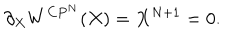
LaTeX: \partial _ { X } W ^ { C P ^ { N } } ( X ) = X ^ { N + 1 } = 0 .